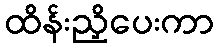
ထိန်းညှိပေးကာ